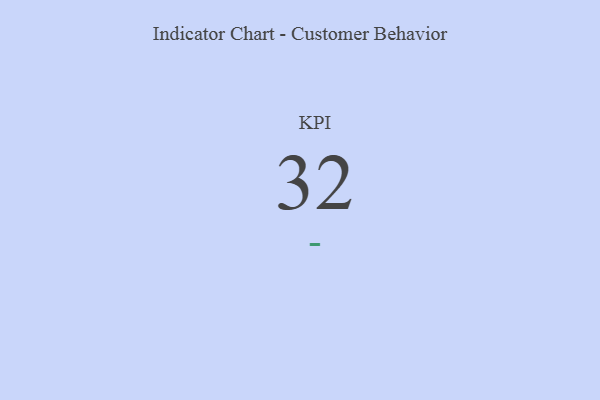
{"axis": {"x": "KPI", "y": "Value"}, "legend": [""], "data": [{"x": "KPI", "y": 32, "type": ""}]}